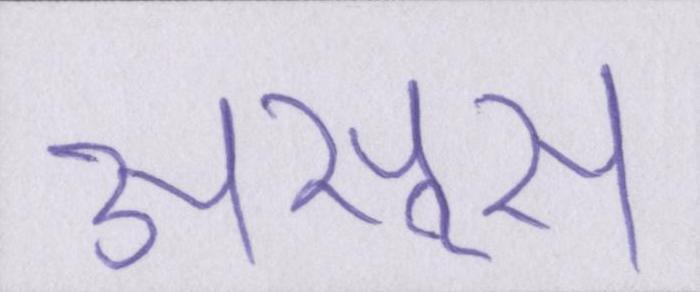
असूस